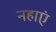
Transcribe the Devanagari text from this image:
नहाएं